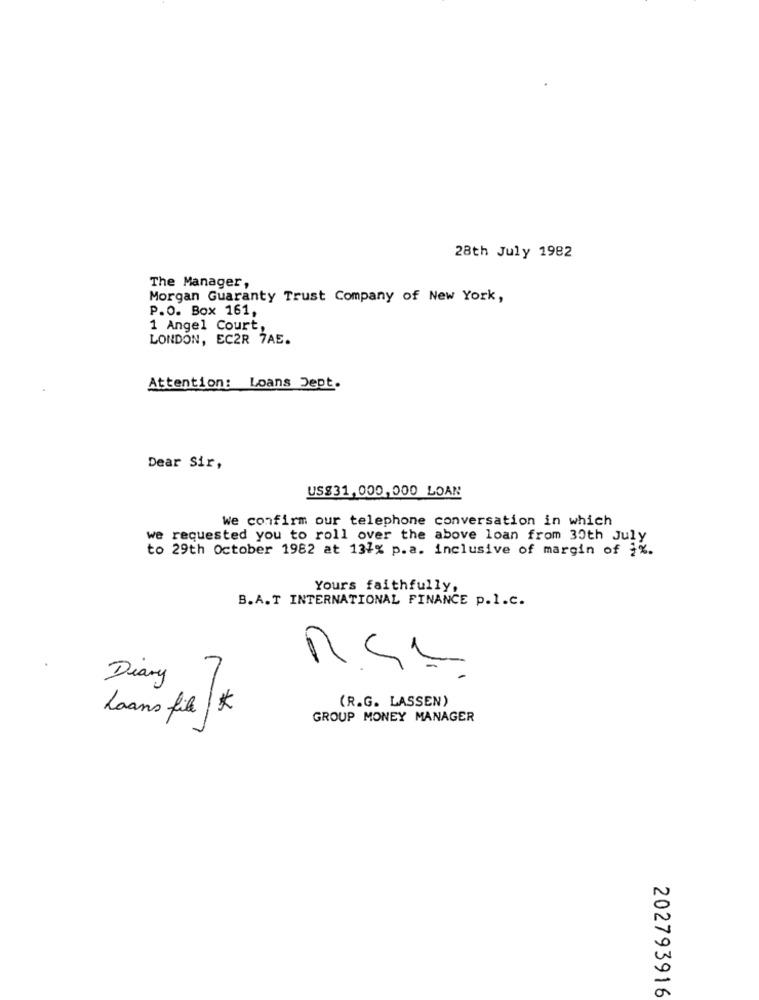
28th July 1982
The Manager,
Morgan Guaranty Trust Company of New York,
P.O. Box 161,
1 Angel Court,
LONDON, ECZR 7AE.
Attention: Loans Dept.
Dear Sir,
US$31,000,000 LOAN
We confirm our telephone conversation in which
we requested you to roll over the above loan from 30th July
to 29th October 1982 at 137% p.a. inclusive of margin of {%.
Yours faithfully,
B.A.T INTERNATIONAL FINANCE p.l.c.
6
Diary
(R.G. LASSEN)
Loans file | K
GROUP MONEY MANAGER
202793916